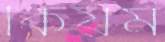
কিয়ম